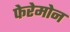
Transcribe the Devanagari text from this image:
फेरेमोन